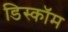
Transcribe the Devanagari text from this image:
डिस्कॉम